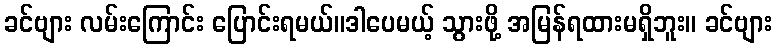
ခင်ဗျား လမ်းကြောင်း ပြောင်းရမယ်။ဒါပေမယ့် သွားဖို့ အမြန်ရထားမရှိဘူး။ ခင်ဗျား